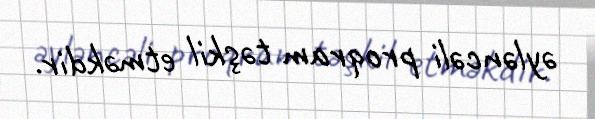
əyləncəli proqram təşkil etməkdir.